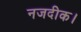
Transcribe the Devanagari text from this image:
नजदीक।